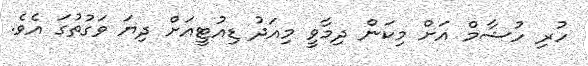
ހުރި ހުޝާމް އަށް މިކަން ދިމާވީ މިއަދު ޑިއުޓީއަށް ދިޔަ ވަގުތުގަ އެވެ.